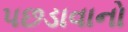
પછડાવાનો